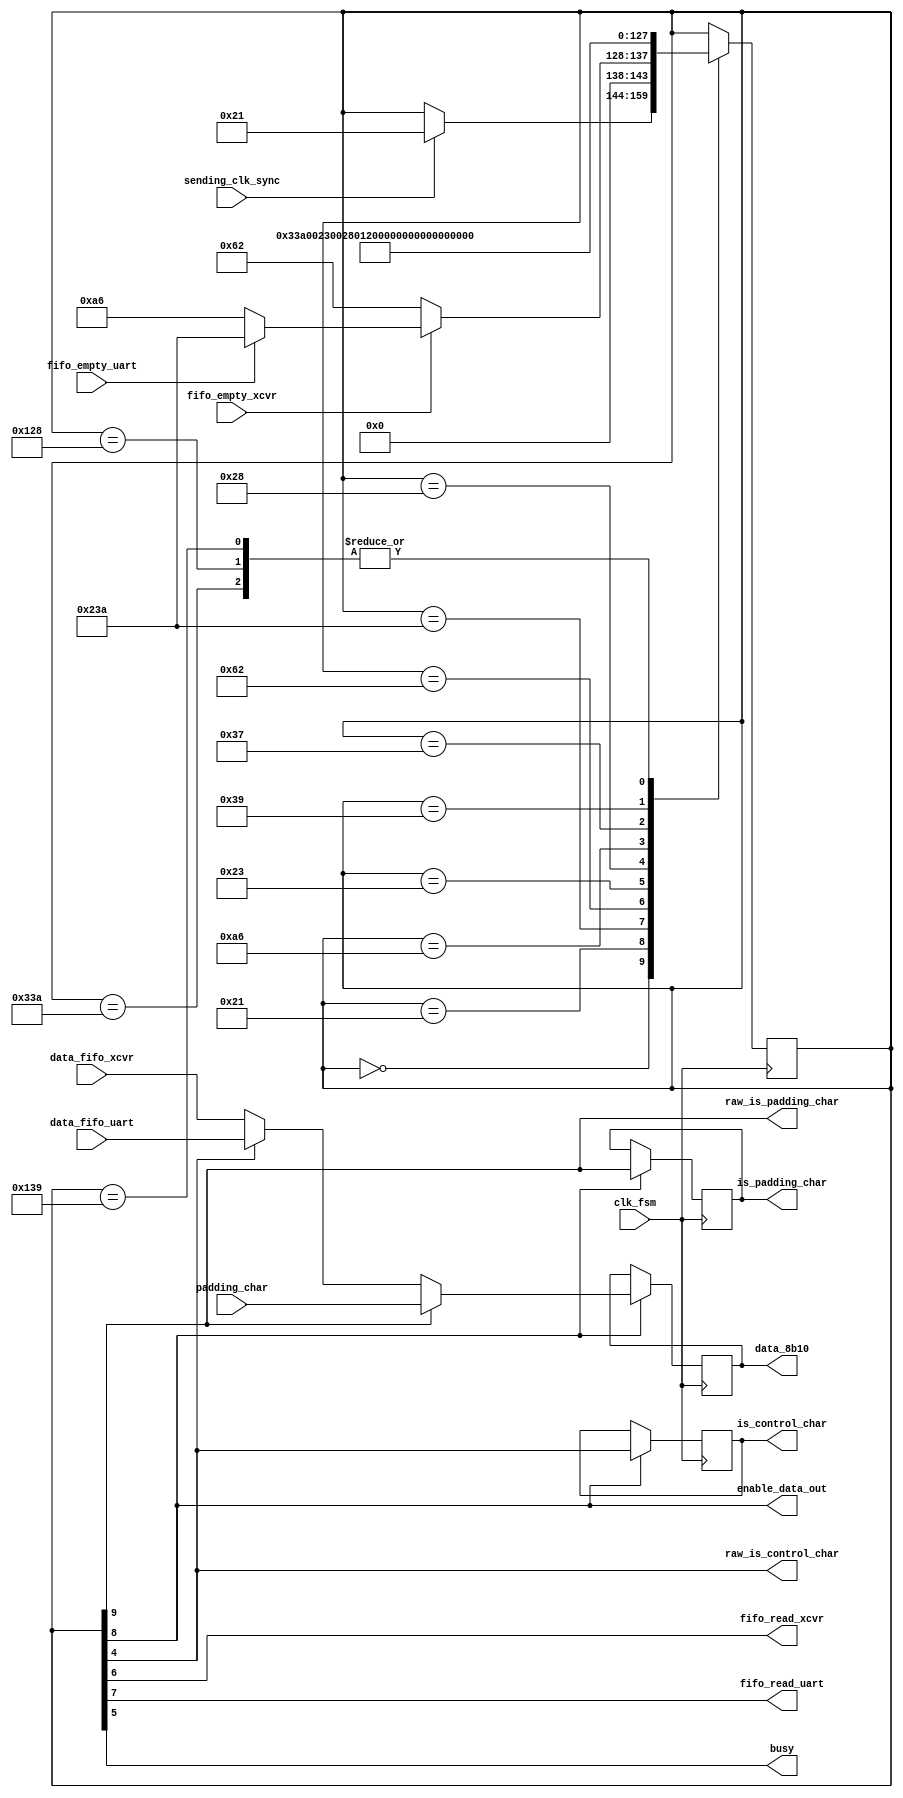
`default_nettype none
module FSMD_Gather_scatter(
			
			input clk_fsm,
			input sending_clk_sync,
			//XCVR FIFO
			input [7:0]data_fifo_xcvr,
			input fifo_empty_xcvr,
			output fifo_read_xcvr,
			
			
			//UART FIFO
			input [7:0]data_fifo_uart,
			input fifo_empty_uart,
			output fifo_read_uart,
			
			
			//Data Output
			output reg [7:0]data_8b10=8'd0,
			output reg is_control_char,
			output reg is_padding_char,
			output enable_data_out,
			output busy,
			input [7:0] padding_char,
			output raw_is_control_char,
			output raw_is_padding_char
			
			//debug outputs
			
			
);
								  
localparam IDLE					   = 16'b000000_0000;
localparam PRIO_CHOOSER			   = 16'b000010_0001;
localparam READ_FIFO_SET_XCVR	   = 16'b000110_0010;
localparam READ_FIFO_XCVR		   = 16'b000010_0011;
localparam READ_FIFO_SET_UART	   = 16'b001010_0110;
localparam READ_FIFO_UART		   = 16'b000011_0111;
localparam pre_clock_data_out	   = 16'b000010_1000;
localparam pre_clock_control_out   = 16'b000011_1001;
localparam pre_clock_padding_out   = 16'b100011_1010;
localparam clock_data_out		   = 16'b010010_1000;
localparam clock_control_out	   = 16'b010011_1001;
localparam clock_padding_out	   = 16'b110011_1010;


reg [15:0]state=IDLE;


assign raw_is_control_char=state[4];
assign busy=state[5];
assign fifo_read_xcvr=state[6];
assign fifo_read_uart=state[7];
assign enable_data_out=state[8];
assign raw_is_padding_char=state[9];
		
always@(posedge clk_fsm)
begin
	case(state)
	IDLE				: if(sending_clk_sync==1'b1)
						  begin
						  	state<=PRIO_CHOOSER;
						  end		
						  
	PRIO_CHOOSER		:begin
							 if(fifo_empty_xcvr==1'b0)
							 begin
								state<=READ_FIFO_SET_XCVR;
							 end		
							 else if(fifo_empty_uart==1'b0)
							 begin
								state<=READ_FIFO_SET_UART;
							 end else
							 state <= pre_clock_padding_out;
						 end
						 
    pre_clock_padding_out : state <= clock_padding_out;
    clock_padding_out : state <= IDLE;
	
	READ_FIFO_SET_XCVR:begin
								state<=READ_FIFO_XCVR;
	                   end	
	READ_FIFO_XCVR		:begin
								state<=pre_clock_data_out;
						 end
						 
    pre_clock_data_out : state <= clock_data_out;
    clock_data_out : state <= IDLE;
						

	READ_FIFO_SET_UART:begin
							state<=READ_FIFO_UART;
	                   end	
	READ_FIFO_UART	  :begin
								state<=pre_clock_control_out;	
					   end	

    pre_clock_control_out : state <= clock_control_out;
    clock_control_out : state <= IDLE;
						   
	endcase
	
	
end

//FSMD
always@(posedge clk_fsm)	 
begin
    if (enable_data_out)
    begin
	    data_8b10[7:0]  <= raw_is_padding_char ? padding_char : (raw_is_control_char? data_fifo_uart[7:0] : data_fifo_xcvr[7:0]);
	    is_control_char <= raw_is_control_char;
	    is_padding_char <= raw_is_padding_char;
	end	
end
	   


endmodule
`default_nettype wire